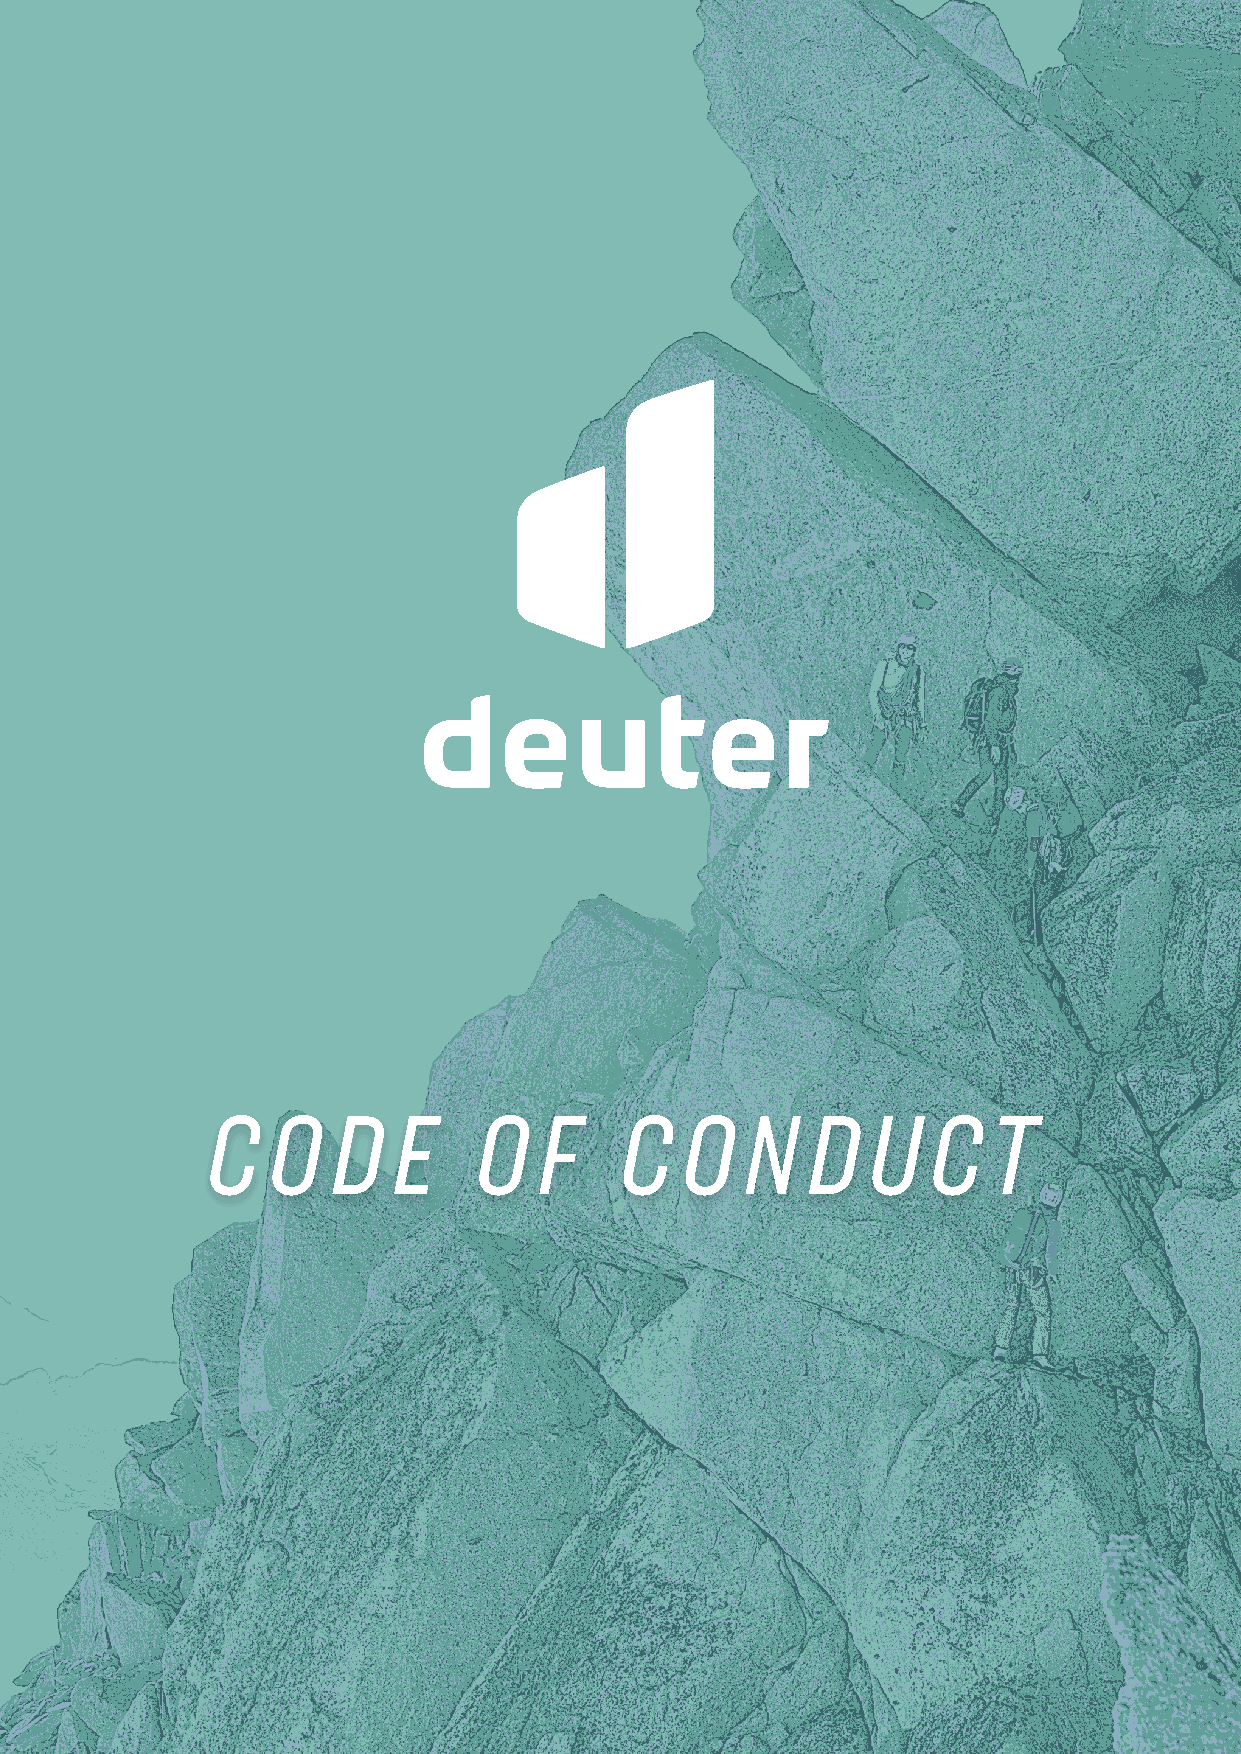
1
 C   O   D   E     O   F    C   O   N   D    U   C   T